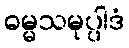
ဓမ္မသမုပ္ပါဒံ